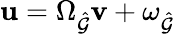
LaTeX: \mathbf{u}=\Omega_{\hat{\mathcal{G}}}\mathbf{v}+\omega_{\hat{\mathcal{G}}}